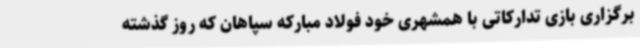
برگزاری بازی تدارکاتی با همشهری خود فولاد مبارکه سپاهان که روز گذشته